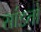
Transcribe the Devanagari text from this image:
सांडतो